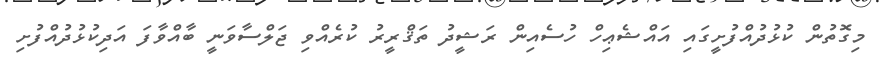
މިގޮތުން ކުޅުދުއްފުށީގައި އައްޝެޢިހް ހުސެއިން ރަޝީދު ތަޤްރީރު ކުރެއްވި ޖަލްސާވަނީ ބާއްވާފަ އަދިކުޅުދުއްފުށި